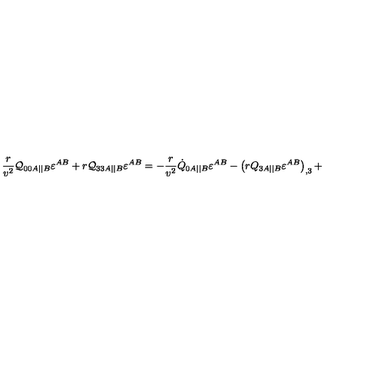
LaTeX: \frac r { v ^ { 2 } } { \cal Q } _ { 0 0 A | | B } \varepsilon ^ { A B } + r { \cal Q } _ { 3 3 A | | B } \varepsilon ^ { A B } = - \frac r { v ^ { 2 } } \dot { Q } _ { 0 A | | B } \varepsilon ^ { A B } - \left( r { Q } _ { 3 A | | B } \varepsilon ^ { A B } \right) _ { , 3 } +